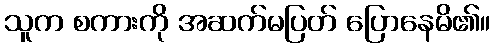
သူက စကားကို အဆက်မပြတ် ပြောနေမိ၏။